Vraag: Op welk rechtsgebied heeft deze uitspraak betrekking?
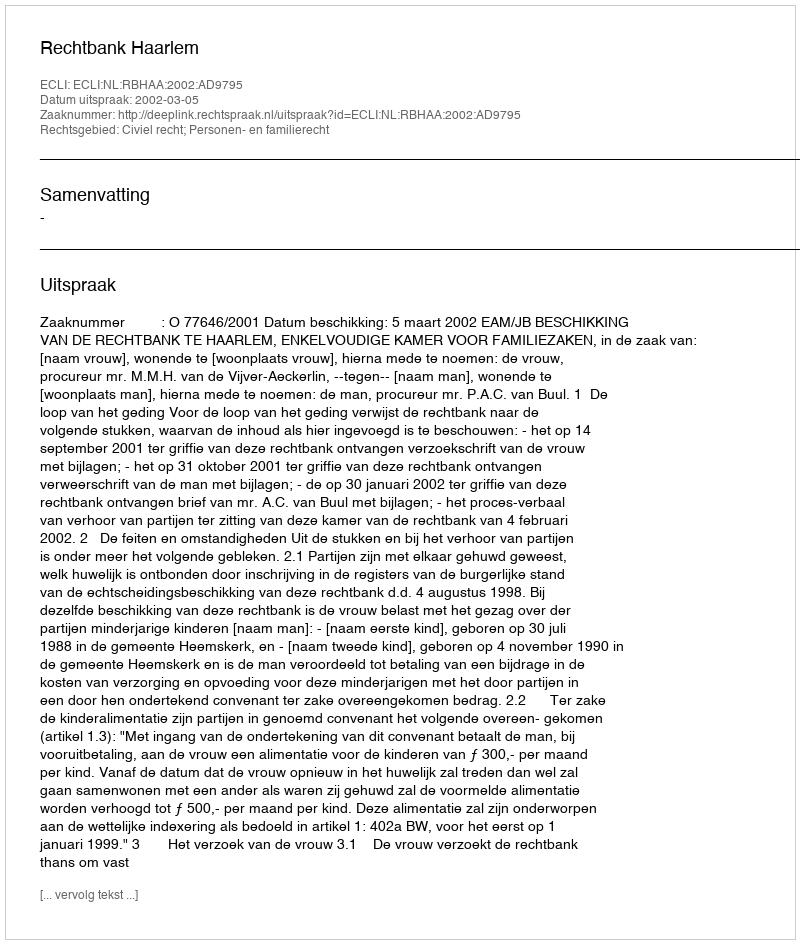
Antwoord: Civiel recht; Personen- en familierecht